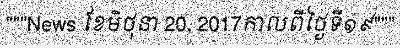
"""News ខែមិថុនា 20, 2017កាលពីថ្ងៃទី១៩"""